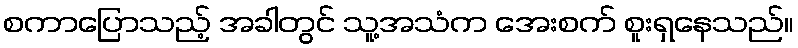
စကာပြောသည့် အခါတွင် သူ့အသံက အေးစက် စူးရှနေသည်။